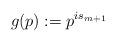
LaTeX: \begin{align*}g(p) := p^{is_{m+1}}\end{align*}